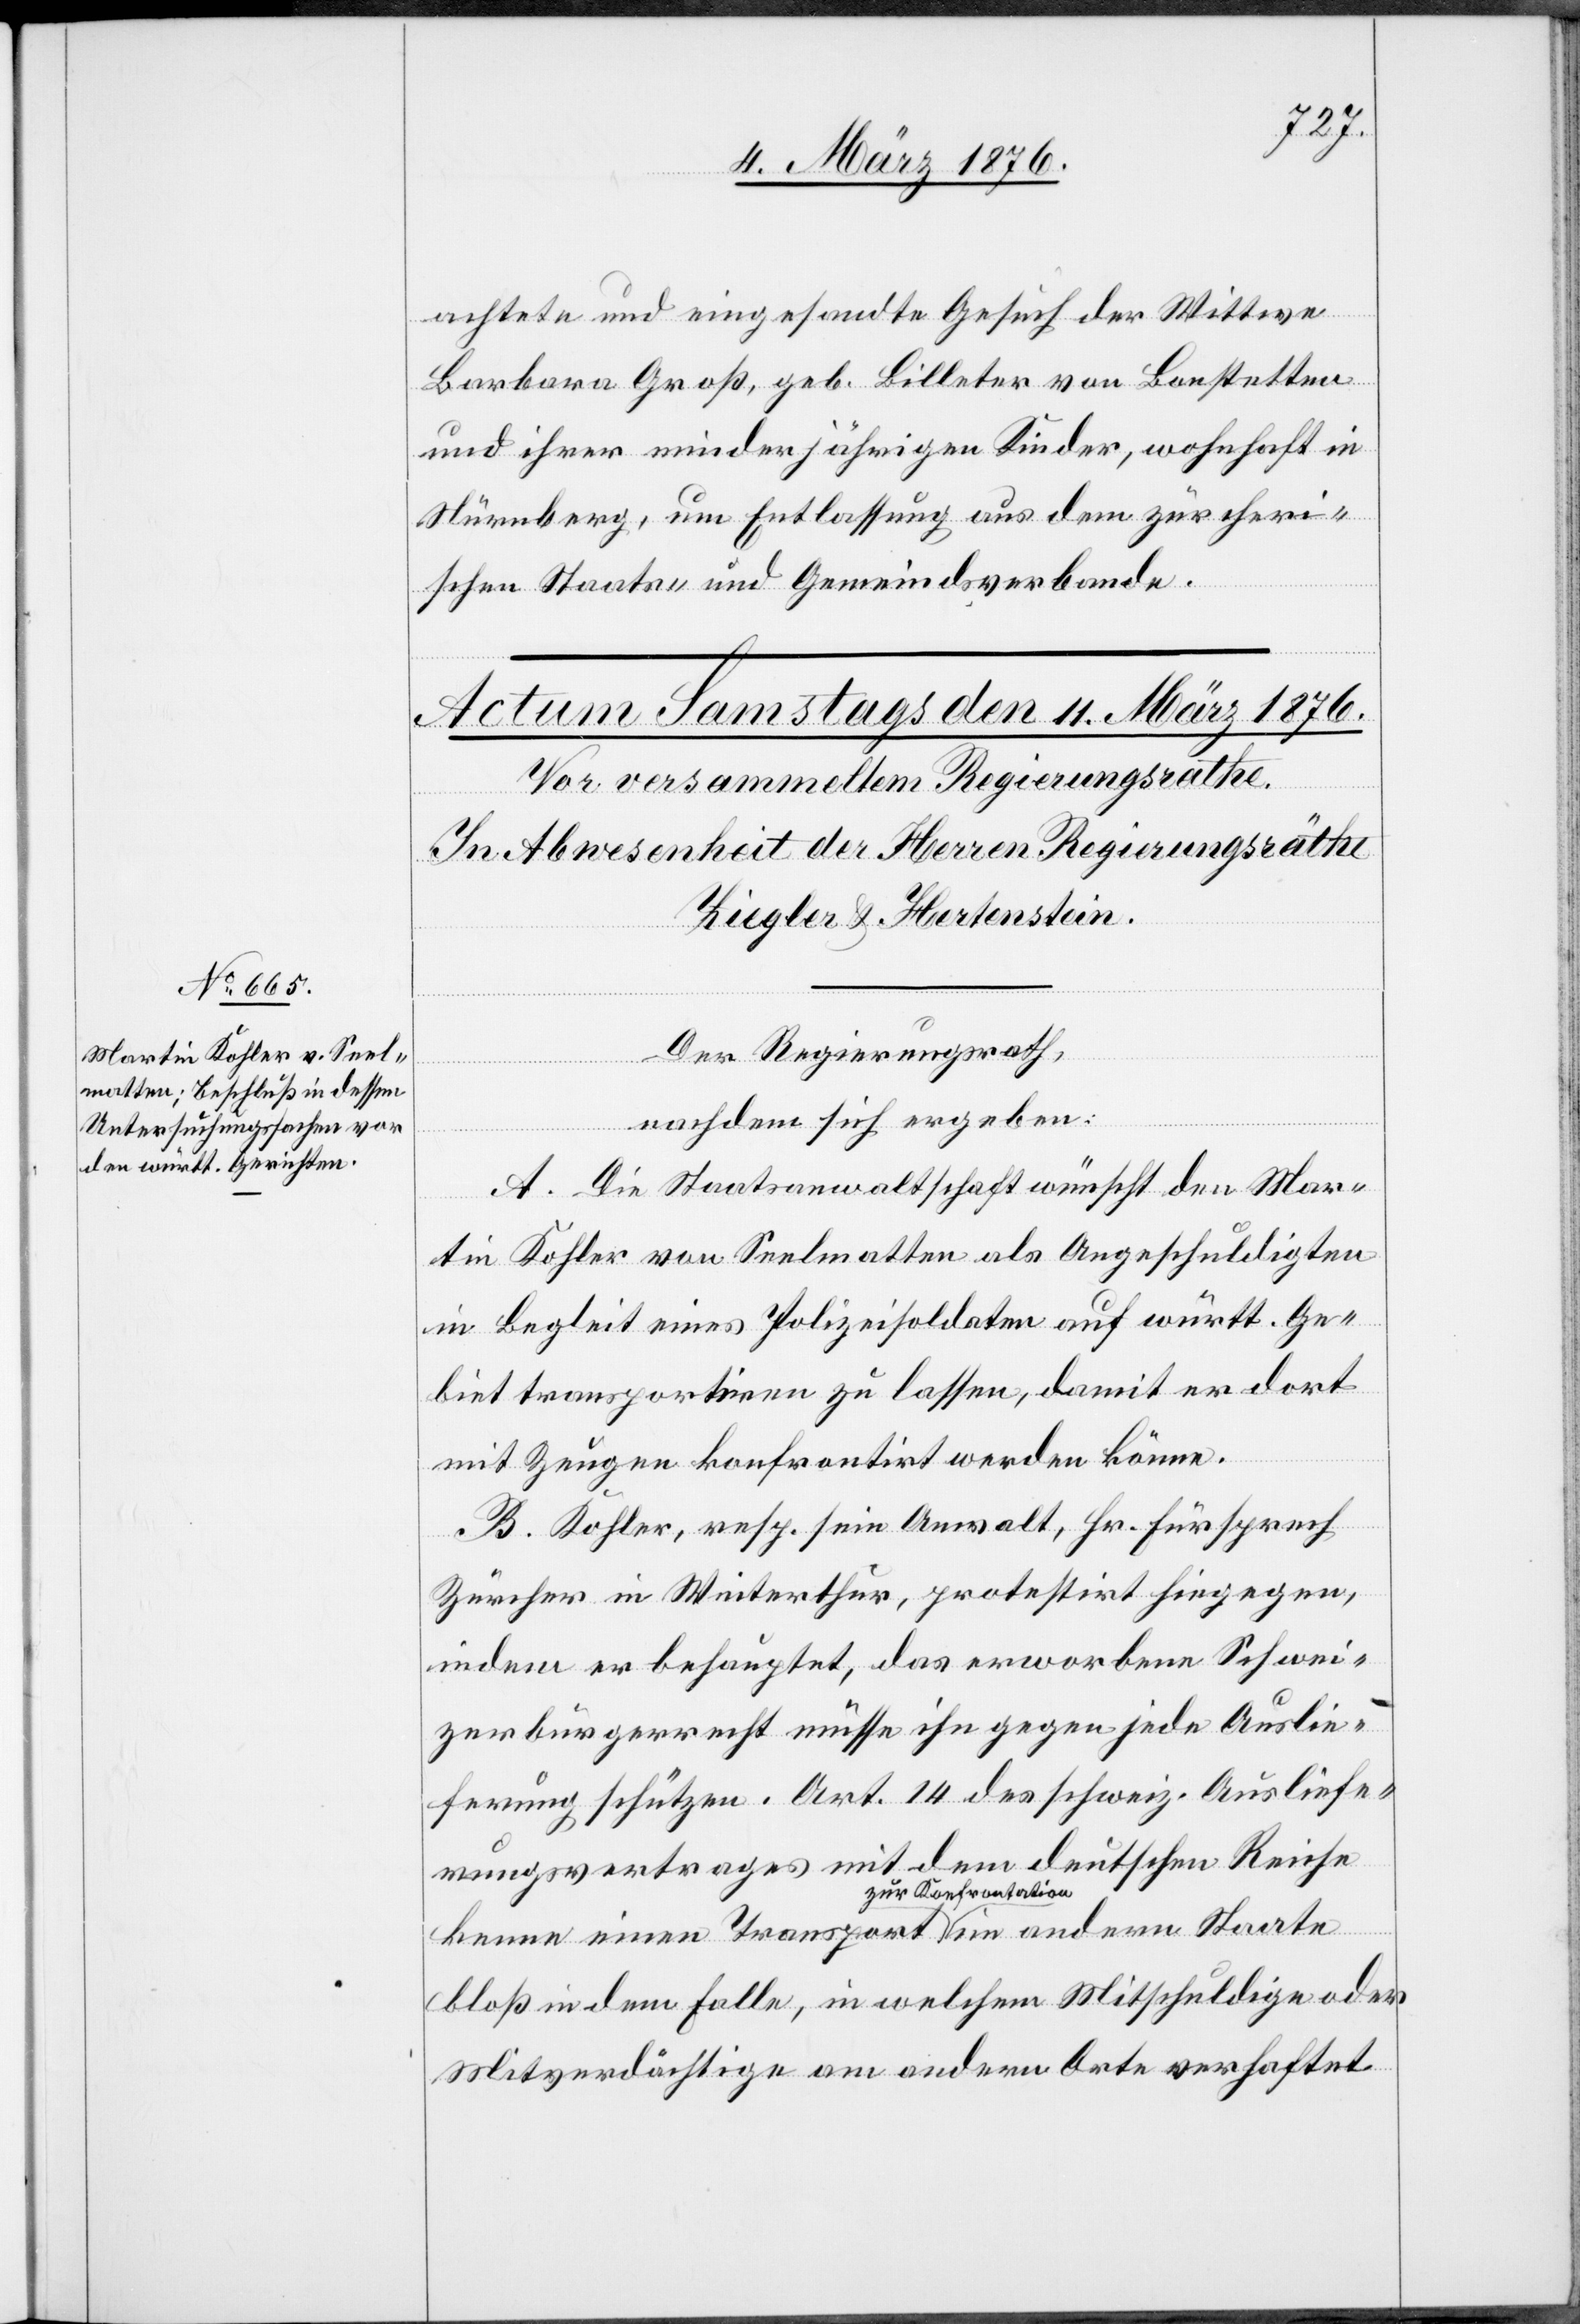
achtete und eingesandte Gesuch der Wittwe
Barbara Groß, geb. Billeter von Bonstetten
und ihrer minderjährigen Kinder, wohnhaft in
Nürnberg, um Entlassung aus dem zürcheri¬
schen Staats- und Gemeindsverbande.
Derr Regierungsrath,
nachdem sich ergeben:
A. Die Staatsanwaltschaft wünscht den Mar¬
tin Kohler von Seelenmatten als Angeschuldigten
in Begleit eines Polizeisoldaten auf württ. Ge¬
biet transportiren zu lassen, damit er dort
dern
mit Zeugen konfrontirt werden könne.
B. Kohler, resp. sein Anwalt, Hr. Fürsprech
Zürcher in Winterthur, protestirt hiegegen,
indem er behauptet, das erworbene Schwei¬
zerbürgerrecht müsse ihn gegen jede Auslie¬
ferung schützen. Art. 14 des schweiz. Ausliefe¬
rungsvertrages mit dem deutschen Reiche
kenne einen Transport zur Konfrontation
bloß in dem Falle, in welchem Mitschuldige oder
Mitverdächtige am andern Orte verhaftet